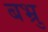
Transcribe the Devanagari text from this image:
बभ्रु